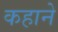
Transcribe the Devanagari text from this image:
कहाने